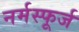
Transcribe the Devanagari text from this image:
नर्मस्फूर्ज